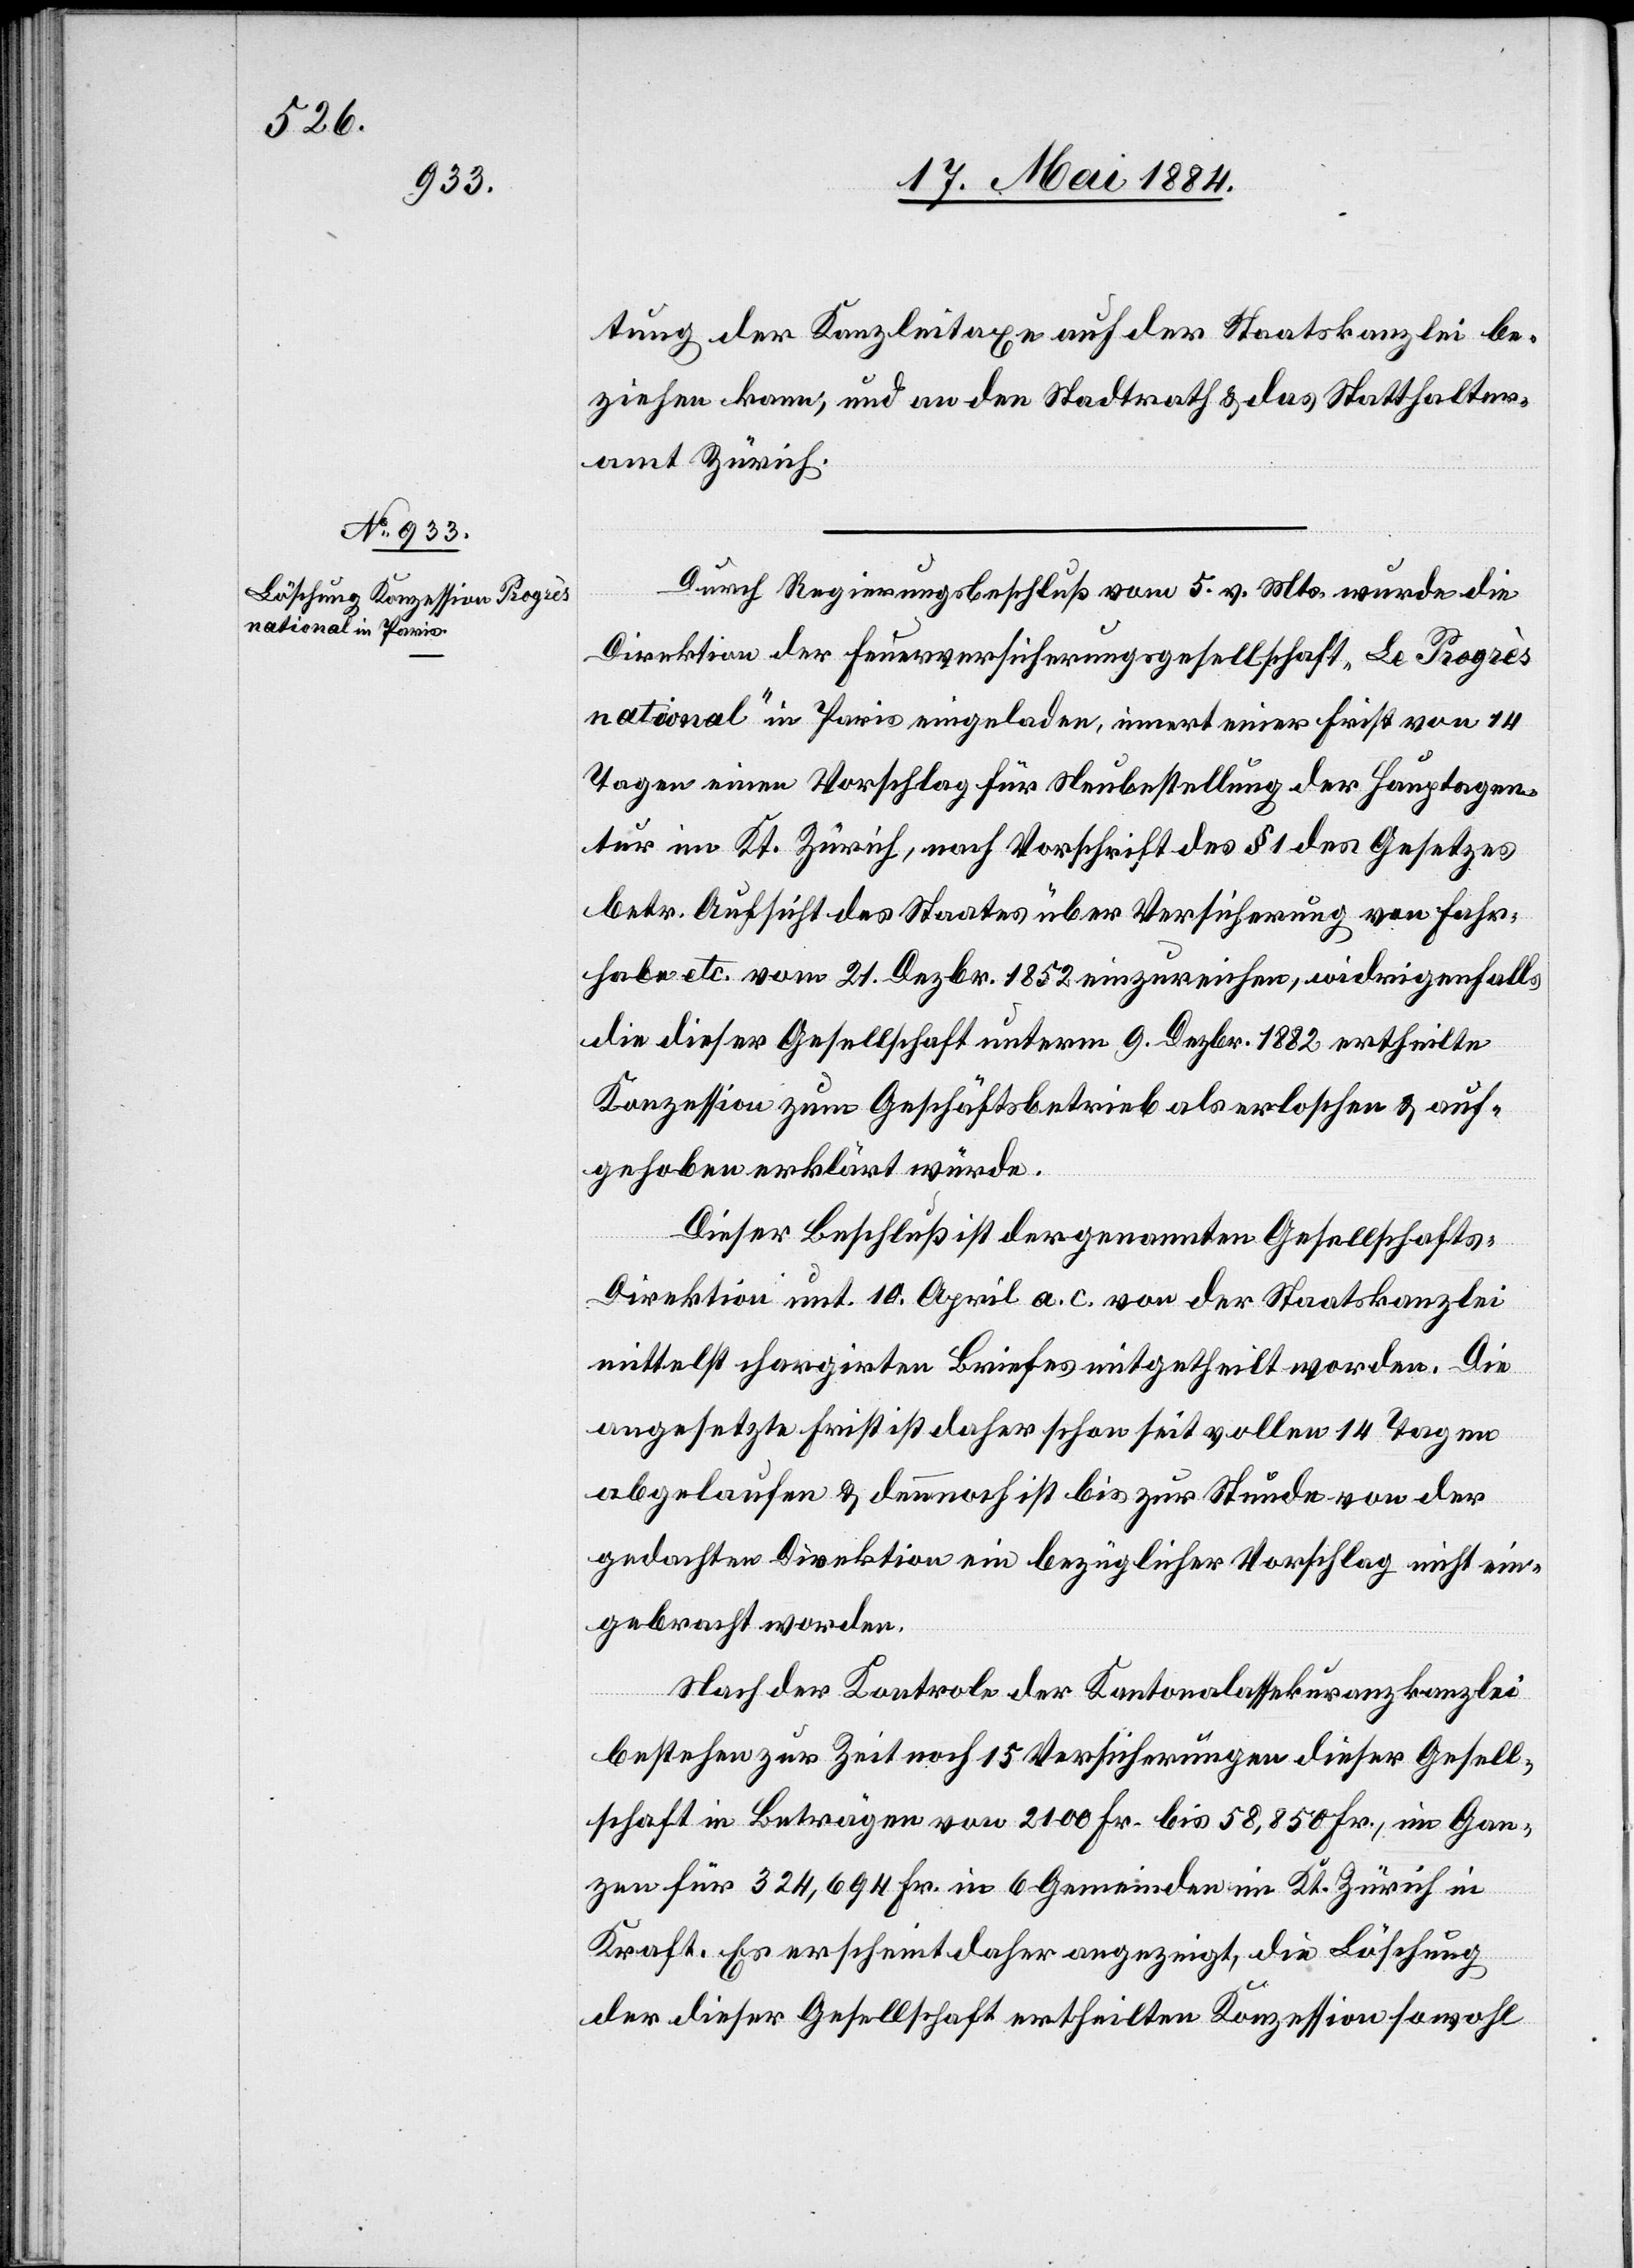
tung der Kanzleitaxe auf der Staatskanzlei be¬
ziehen kann, und an den Stadtrath & das Statthalter¬
amt Zürich.
Durch Regierungsbeschluß vom 5. v. Mts. wurde die
Direktion der Feuerversicherungsgesellschaft „Le Progrès
national“ in Paris eingeladen, innert einer Frist von 14
Tagen einen Vorschlag für Neubestellung der Hauptagen¬
tur im Kt. Zürich, nach Vorschrift des § 1 des Gesetzes
betr. Aufsicht des Staates über Versicherung von Fahr¬
habe etc. vom 21. Dezbr. 1852 einzureichen, widrigenfalls
die dieser Gesellschaft unterm 9. Dezbr. 1882 ertheilte
Konzession zum Geschäftsbetrieb als erloschen & auf¬
gehoben erklärt würde.
Dieser Beschluß ist der genannten Gesellschafts-D¬
irektion unt. 10. April a. c. von der Staatskanzlei
mittelst chargirten Briefes mitgetheilt worden. Die
angesetzte Frist ist daher schon seit vollen 14 Tagen
abgelaufen & dennoch ist bis zur Stunde von der
gedachten Direktion ein bezüglicher Vorschlag nicht ein¬
gebracht worden.
Nach der Kontrole der Kantonalassekuranzkanzlei
bestehen zur Zeit noch 15 Versicherungen dieser Gesell¬
schaft in Beträgen von 2100 Fr. bis 58,850 Fr., im Gan¬
zen für 324,694 Fr. in 6 Gemeinden im Kt. Zürich in
Kraft. Es erscheint daher angezeigt, die Löschung
der dieser Gesellschaft ertheilten Konzession so wohl